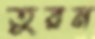
তুরন